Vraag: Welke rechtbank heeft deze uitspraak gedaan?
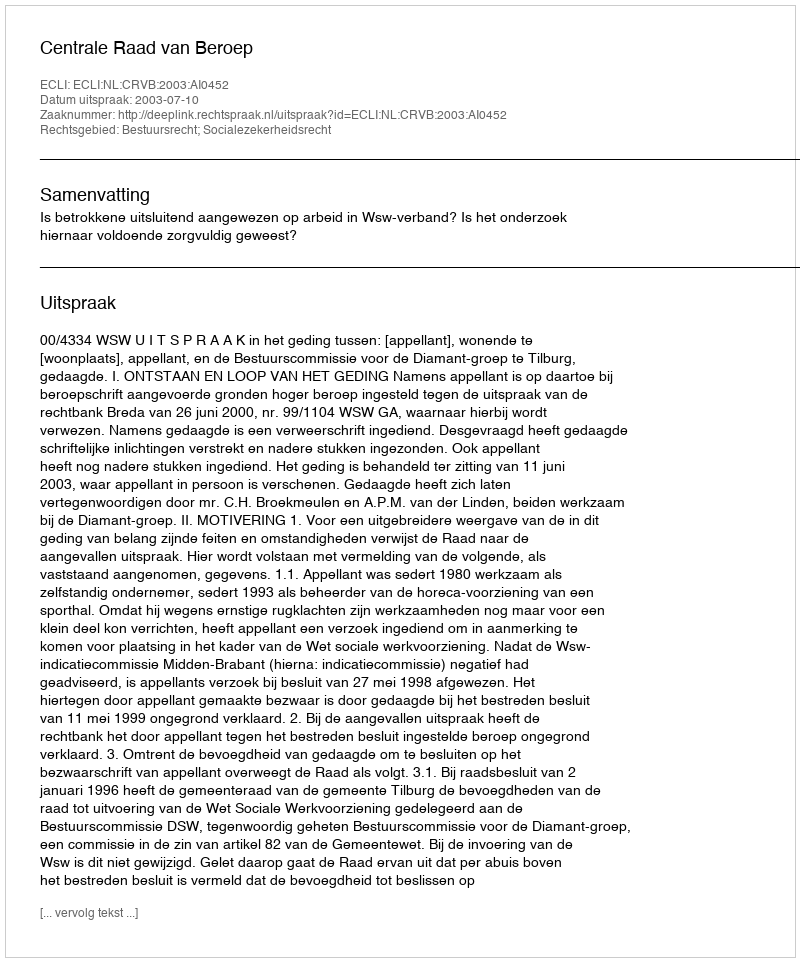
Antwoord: Centrale Raad van Beroep